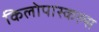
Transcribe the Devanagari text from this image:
किलोपास्कल्स